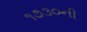
૧૭૩૦ની